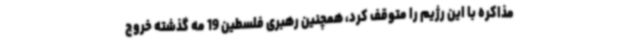
مذاکره با این رژیم را متوقف کرد، همچنین رهبری فلسطین 19 مه گذشته خروج